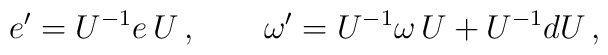
e'=U^{-1}e\,U\, ,\qquad\omega'=U^{-1}\omega\, U+U^{-1}dU\, ,